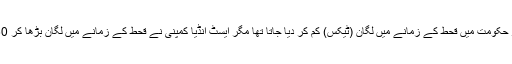
مغلوں کے دور حکومت میں قحط کے زمانے میں لگان (ٹیکس) کم کر دیا جاتا تھا مگر ایسٹ انڈیا کمپنی نے قحط کے زمانے میں لگان بڑھا کر 60 فیصد کر دیا۔